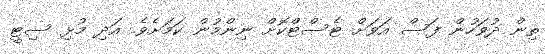
ތިން ދުވަހުން ފަސް އަވަށް ޓެސްޓްކޮށް ނިންމުން ކަމަށެވެ. އަދި މުޅި ސިޓީ